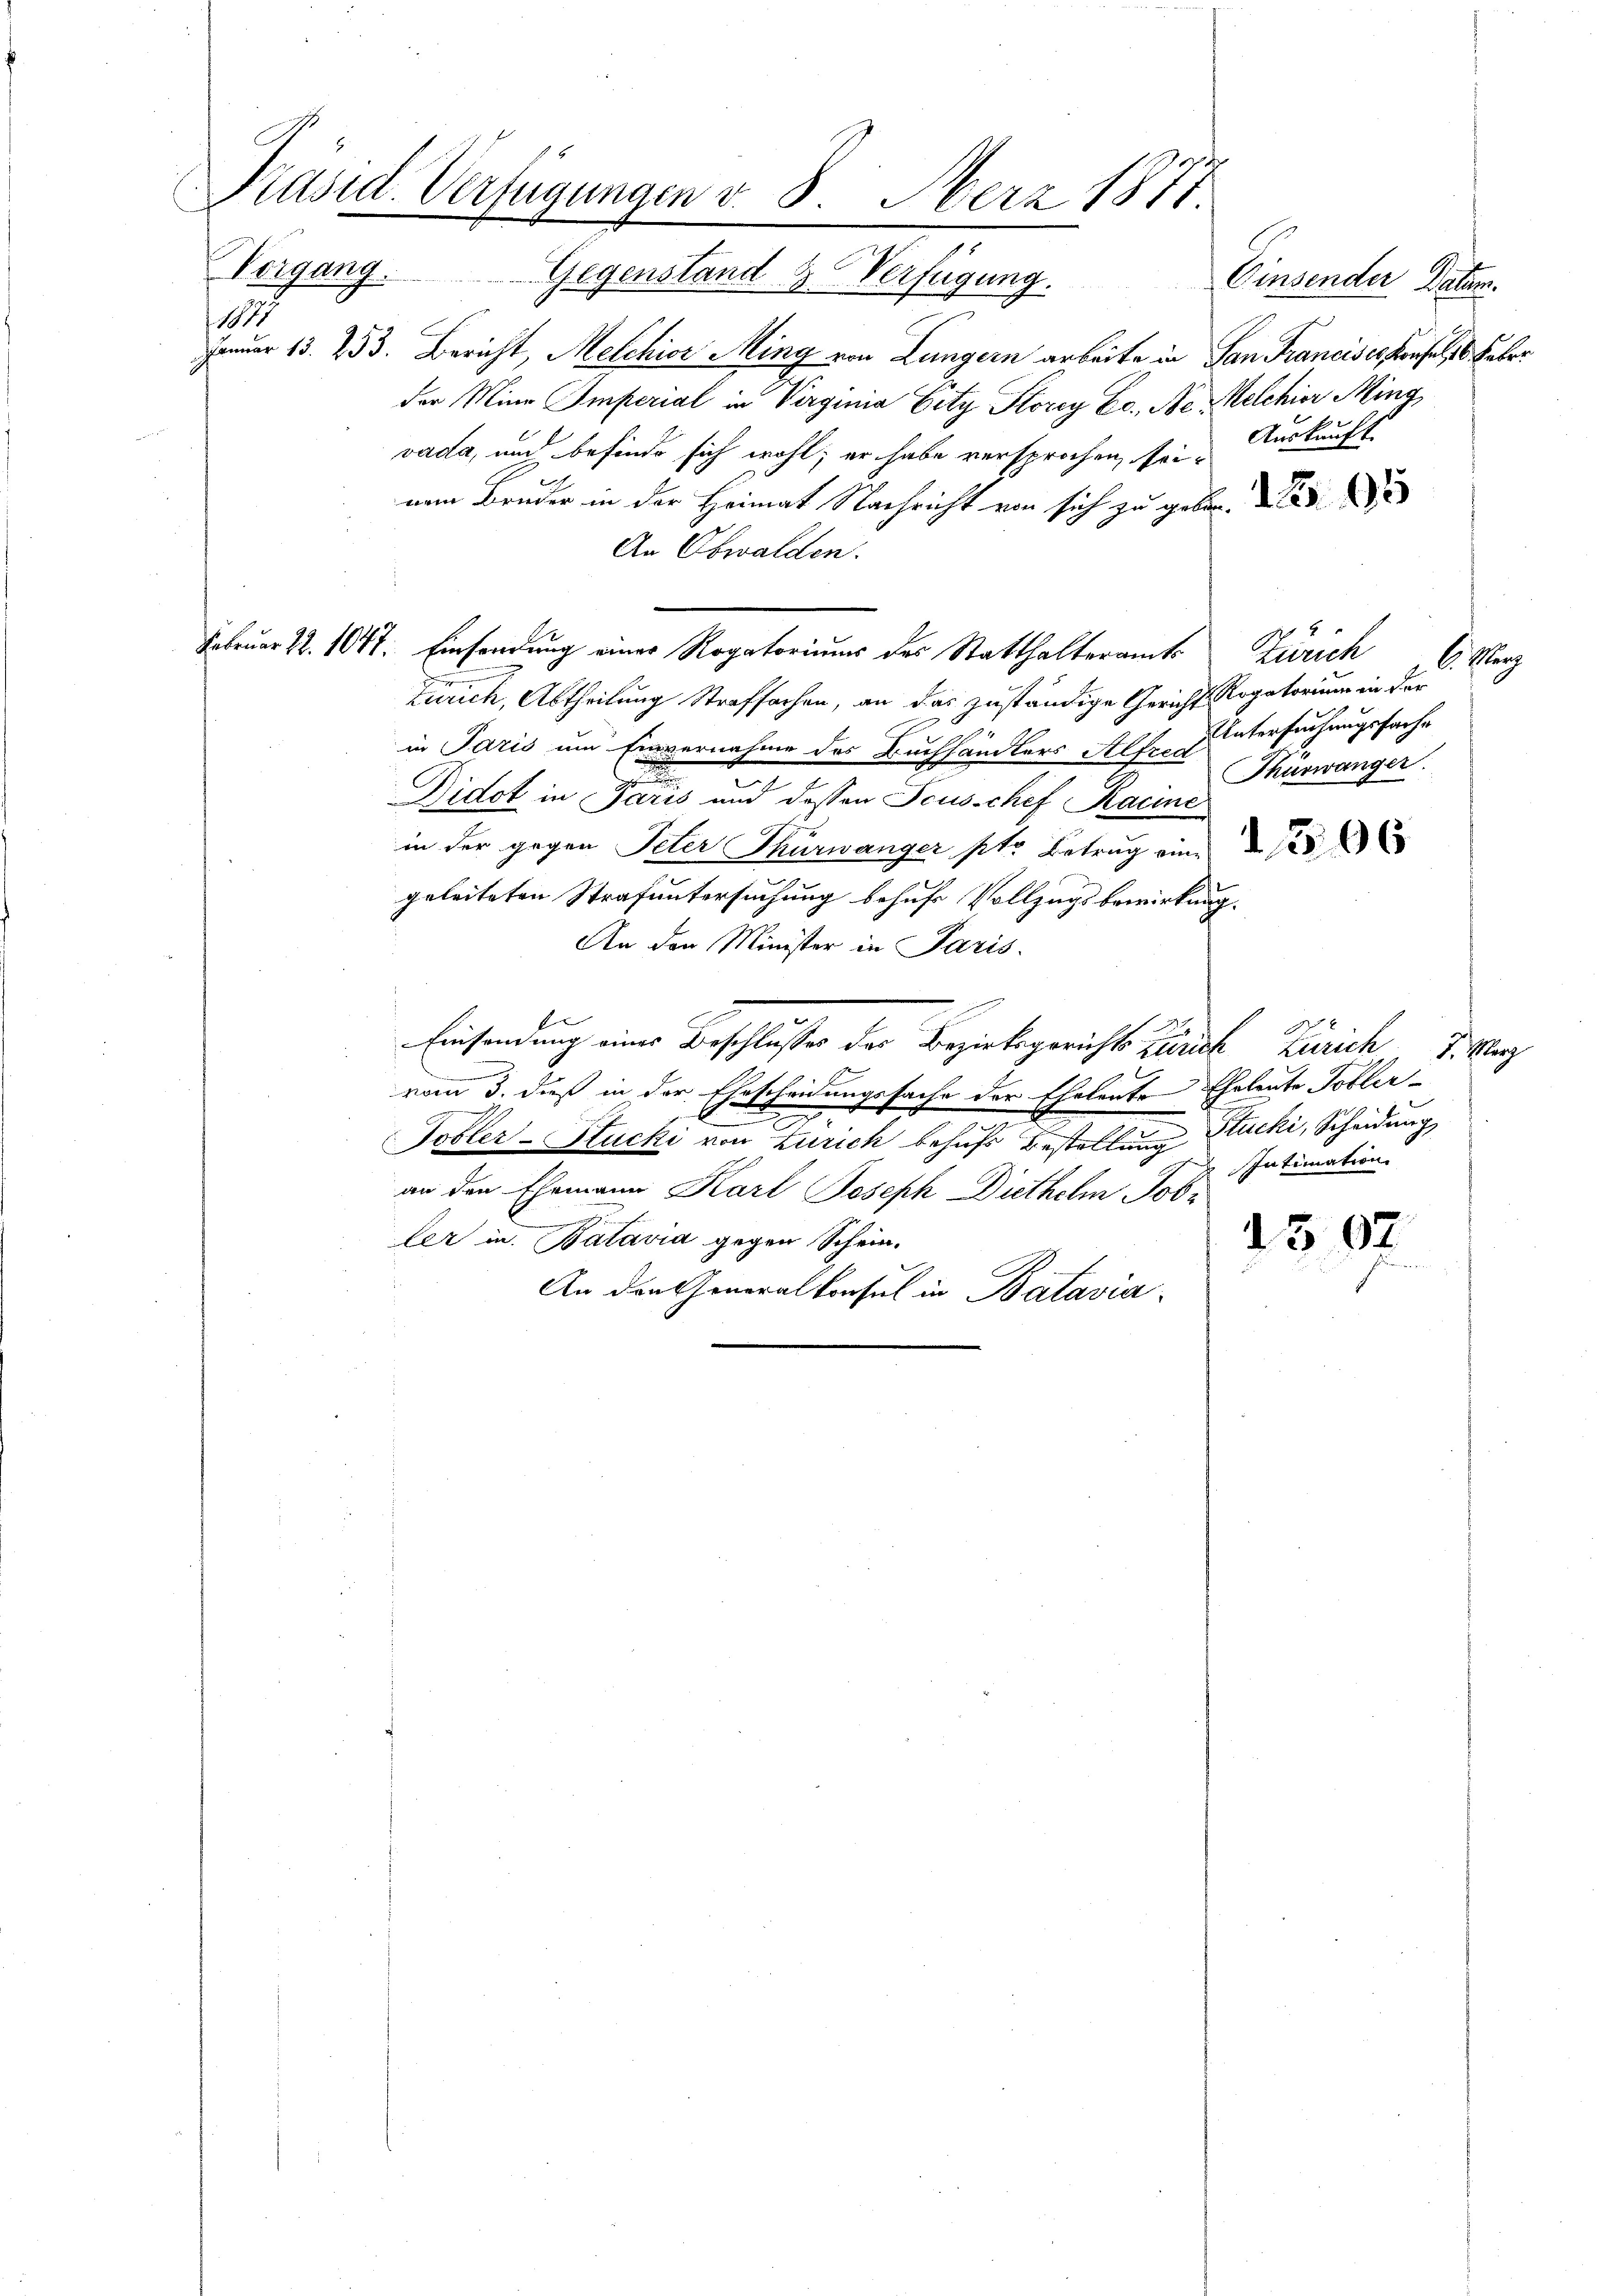
11

Präsid. Verfügungen v. 8. Aberz 1877.
Vergang. Gegenstand & Verfügung.
Einsender Datum.

Januar 13. 253. Bericht, Melchior Ming von Lungern arbeite in San Francises Konsel 16 Feber
der Mina Imperial in Verginia Gitz Storey Co. Ne Melchior Ming
vada, und befinde sich wohl, er habe versprochen, sei. Auskauft
nem Bruder in der Heimat Nachricht von sich zu geben.
An Obwalden.
Februar 22. 1047. Einsendung einer Rogatoriums des Statthalteramt Zürich
Zürich, Abtheilung Strafsachen, an das zuständige Gericht Rogatorium in der
in Paris um Einvernahme des Buchhändlers Alfer Untersuchungssache
Thürwänger.
Didot in Paris und dessen Scusschef Racine
in der gegen Peter Thürwänger pto Betrag eine
geleiteten Strafuntersuchung behufs Vollzugsbewirkung.
An den Minister in Paris.
f
Einsendung eines Beschlusses der Bezirksgerichts Tuech Zürich d. Vg
vom 3. dieß in der Ehescheidungssache der Eheleute Eheleute Tobler-
Tobler-Stucki von Zürich behufs Bestellung Stucki, Scheidung
Intimation
an den Ehemann Karl Joseph Diethelm Jobler in Batavia gegen Schein.
307
An den Generalkonsul in Batavia

Costan